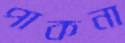
পাকনা